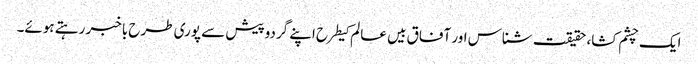
ایک چشم کشا، حقیقت شناس اور آفاق بیں عالم کیطرح اپنے گردوپیش سے پوری طرح باخبر رہتے ہوئے۔